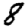
Digit: 8